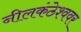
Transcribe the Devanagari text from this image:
नीलकंठेश्‍ववर